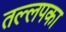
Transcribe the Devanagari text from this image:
तल्लपका